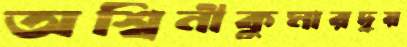
অশ্বিনীকুমারদ্বয়